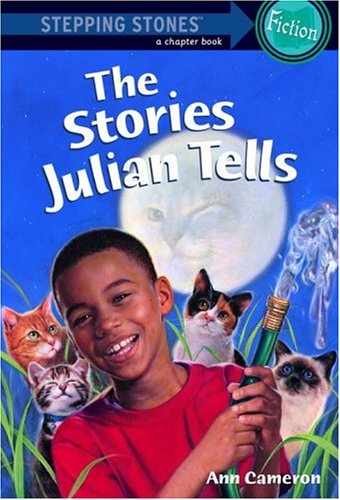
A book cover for The Stories Julian Tells (A Stepping Stone Book(TM)); Ann Cameron; Children's Books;